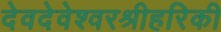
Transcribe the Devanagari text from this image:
देवदेवेश्वरश्रीहरिकी